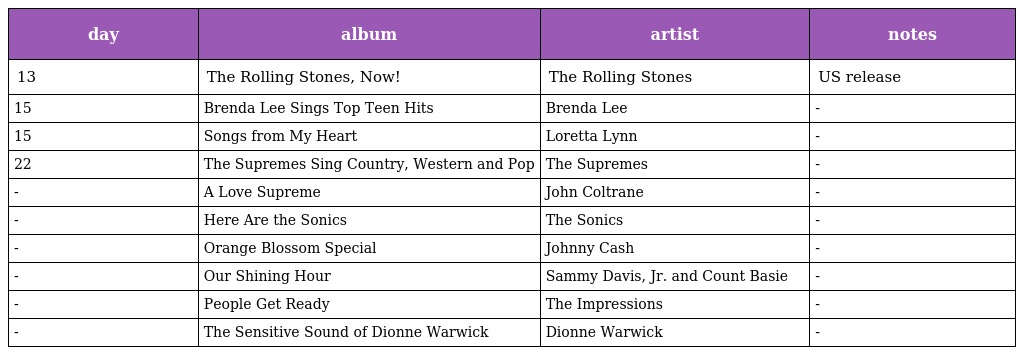
| day | album | artist | notes |
 | --- | --- | --- | --- |
 | 13 | The Rolling Stones, Now! | The Rolling Stones | US release |
 | 15 | Brenda Lee Sings Top Teen Hits | Brenda Lee | - |
 | 15 | Songs from My Heart | Loretta Lynn | - |
 | 22 | The Supremes Sing Country, Western and Pop | The Supremes | - |
 | - | A Love Supreme | John Coltrane | - |
 | - | Here Are the Sonics | The Sonics | - |
 | - | Orange Blossom Special | Johnny Cash | - |
 | - | Our Shining Hour | Sammy Davis, Jr. and Count Basie | - |
 | - | People Get Ready | The Impressions | - |
 | - | The Sensitive Sound of Dionne Warwick | Dionne Warwick | - |